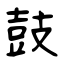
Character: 鼓